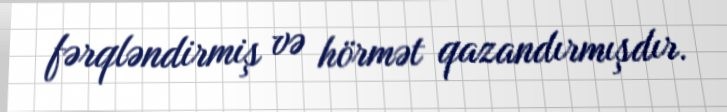
fərqləndirmiş və hörmət qazandırmışdır.